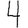
Digit: 4